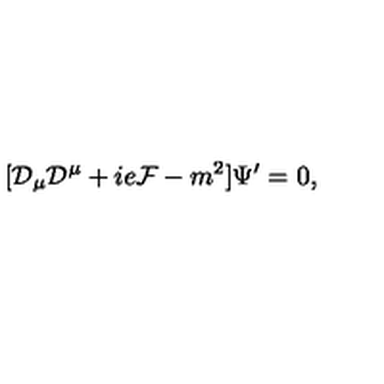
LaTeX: [ { \cal D } _ { \mu } { \cal D } ^ { \mu } + i e { \cal F } - m ^ { 2 } ] \Psi ^ { \prime } = 0 ,